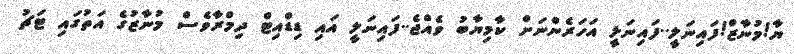
ޔާ!މުނާޒް!ފައިނަލީ..ފައިނަލީ އަހަރެންނަށް ކާމިޔާބު ވެއްޖެ..ފައިނަލީ އައި ޑިޑްއިޓް ދިމްރާވެސް މުނާޒުގެ އަތުގައި ޓަޗު